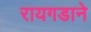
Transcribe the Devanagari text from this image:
रायगडाने